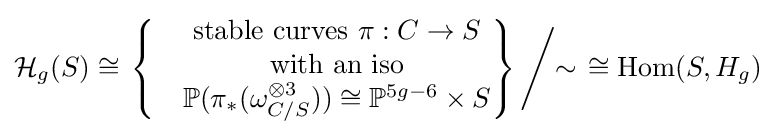
{\mathcal {H}}_{g}(S)\cong \left.\left\{{\begin{matrix}&{\text{stable curves }}\pi :C\to S\\&{\text{ with an iso }}\\&\mathbb {P} (\pi _{*}(\omega _{C/S}^{\otimes 3}))\cong \mathbb {P} ^{5g-6}\times S\end{matrix}}\right\}{\Bigg /}{\sim }\right.\cong \operatorname {Hom} (S,H_{g})